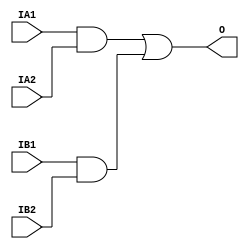
module libhdl_ao22
(   output wire O,
    input  wire IA1,
    input  wire IA2,
    input  wire IB1,
    input  wire IB2);

assign O = (IA1 & IA2) | (IB1 & IB2);

endmodule